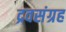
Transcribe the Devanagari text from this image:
द्रवसंग्रह